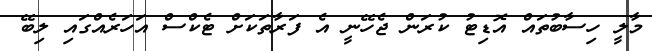
މާލީ ހިސާބުތައް އޮޑިޓު ކުރަން ޖެހޭނީ އެ ފަރާތަކަށް ޓެކްސް އަހަރެއްގައި ލިބޭ